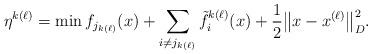
LaTeX: \begin{align*} \eta^{k(\ell)} = \min f_{j_{k(\ell)}}(x) + \sum_{i\neq j_{k(\ell)}}\tilde{f}^{k(\ell)}_i(x) + \frac{1}{2}\big\|x-x^{(\ell)}\big\|_D^2. \end{align*}